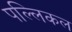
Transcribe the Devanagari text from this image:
पल्लिकल